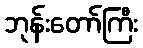
ဘုန်းတော်ကြီး